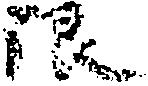
限